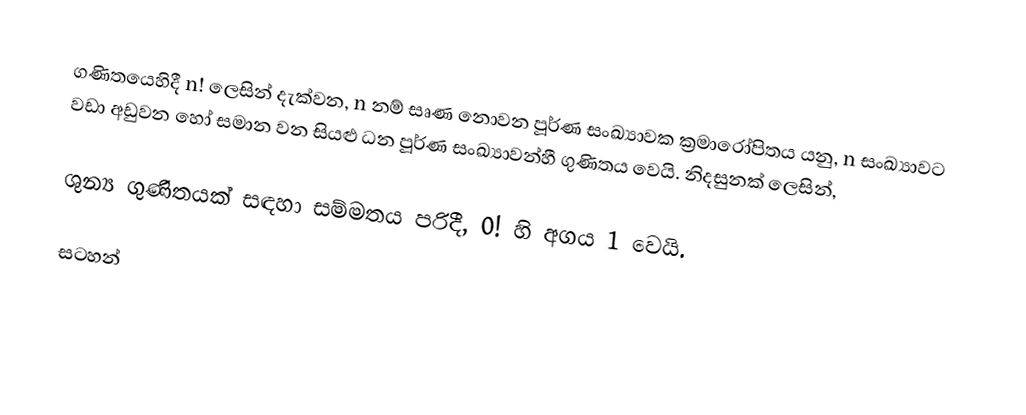
ගණිතයෙහිදී  n! ලෙසින් දැක්වන, n  නම් සෘණ නොවන පූර්ණ සංඛ්‍යාවක ක්‍රමාරෝපිතය යනු, n සංඛ්‍යාවට වඩා අඩුවන හෝ සමාන වන සියළු ධන පූර්ණ සංඛ්‍යාවන්හී ගුණිතය වෙයි. නිදසුනක් ලෙසින්,

ශුන්‍ය ගුණිතයක් සඳහා සම්මතය පරිදී, 0! හි අගය 1 වෙයි.

සටහන්